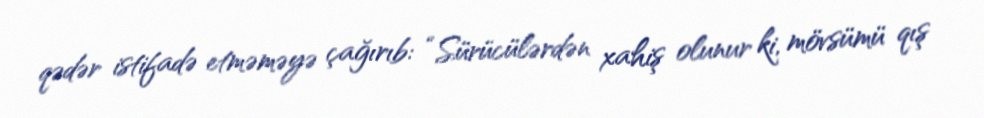
qədər istifadə etməməyə çağırıb: “Sürücülərdən xahiş olunur ki, mövsümü qış